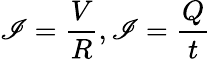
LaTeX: \mathscr{I}={\frac{{V}}{{R}}},\mathscr{I}={\frac{{Q}}{{t}}}